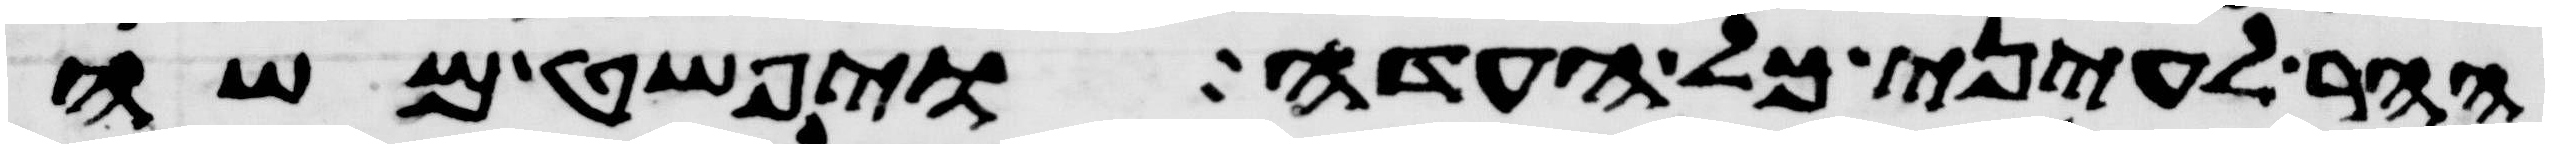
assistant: ההר לעיני כל העדה ויפשט משה